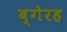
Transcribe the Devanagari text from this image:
ब्गेरह